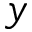
y